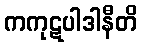
ကကုဋပါဒါနီတိ